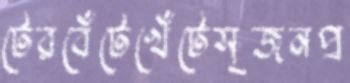
টেরবেঁটেখেঁটেসৃজনপ্র